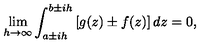
\lim _ { h \to \infty } \int _ { a \pm i h } ^ { b \pm i h } { \left[ g ( z ) \pm f ( z ) \right] d z } = 0 ,